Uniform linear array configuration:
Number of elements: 4
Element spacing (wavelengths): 0.5
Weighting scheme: uniform
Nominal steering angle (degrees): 60
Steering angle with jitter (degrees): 60.206
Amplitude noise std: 0.05
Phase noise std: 0.05

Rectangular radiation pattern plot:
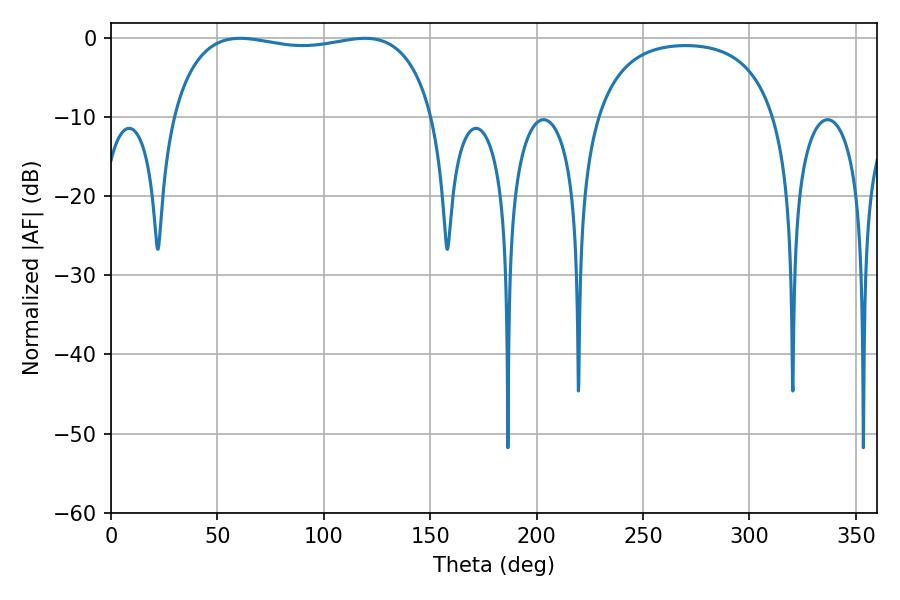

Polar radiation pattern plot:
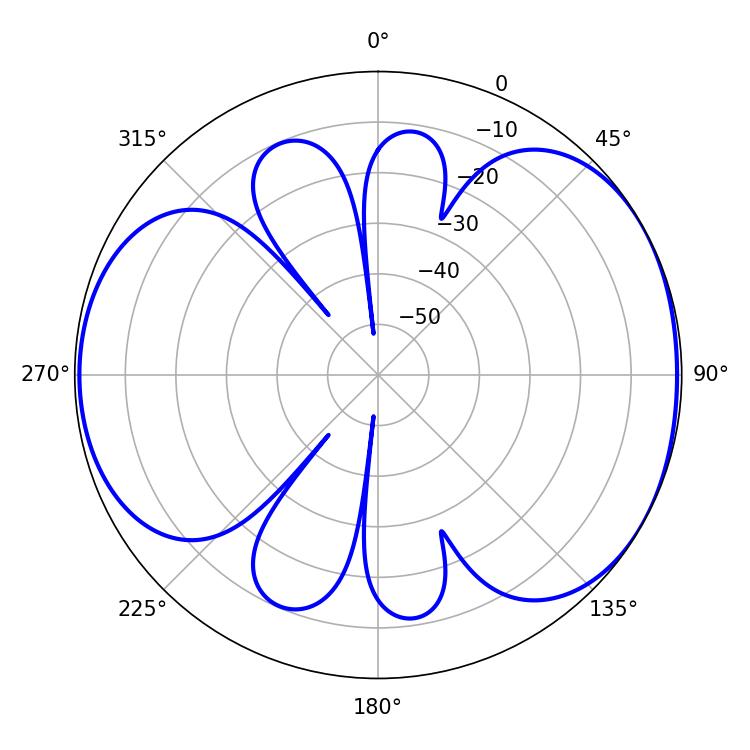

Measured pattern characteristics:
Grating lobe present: FALSE
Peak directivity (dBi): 4.986
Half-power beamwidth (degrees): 99.36
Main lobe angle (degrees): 60.66